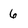
Character: 6